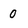
Character: 0